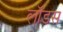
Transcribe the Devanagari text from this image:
लॉडस